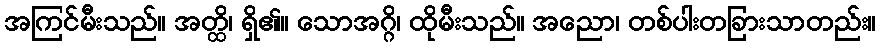
အကြင်မီးသည်။ အတ္ထိ၊ ရှိ၏။ သောအဂ္ဂိ၊ ထိုမီးသည်။ အညော၊ တစ်ပါးတခြားသာတည်း။